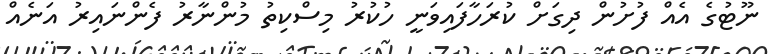
ނޫޓުގެ އެއް ފުށުން ދިގަށް ކުރަހާފައިވަނީ ހުކުރު މިސްކިތު މުންނާރު ފެންނައިރު އަނެއް